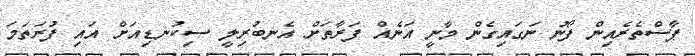
ޕާސްތެރެއިން ފޯނު ނަގައިގެން މާނީ އަނެއް ފަރާތަށް އެނބުރިލީ ސިކުނޑިއަށް އައި ފުރަތަމަ